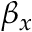
\beta _ { x }